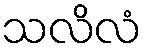
သလိလံ